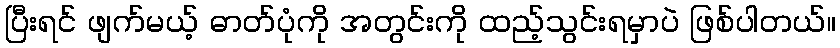
ပြီးရင် ဖျက်မယ့် ဓာတ်ပုံကို အတွင်းကို ထည့်သွင်းရမှာပဲ ဖြစ်ပါတယ်။